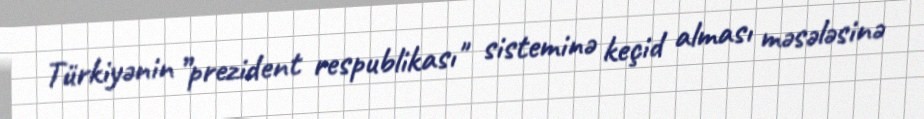
Türkiyənin ”prezident respublikası" sisteminə keçid alması məsələsinə